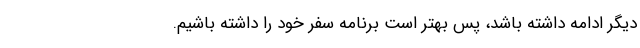
دیگر ادامه داشته باشد، پس بهتر است برنامه سفر خود را داشته باشیم.